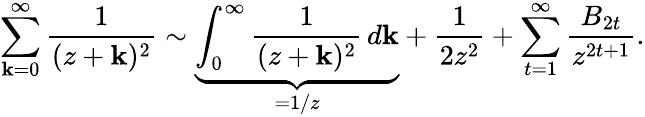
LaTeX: \sum_{\mathbf{k}=0}^{\infty}{\frac{{1}}{{(z+\mathbf{k})^{2}}}}\sim\underbrace{{\int_{0}^{\infty}{\frac{{1}}{{(z+\mathbf{k})^{2}}}}\, d\mathbf{k}}}_{=1/z}+{\frac{{1}}{{2z^{2}}}}+\sum_{t=1}^{\infty}{\frac{{B_{2t}}}{{z^{2t+1}}}}.